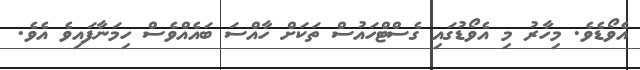
އެވޯޑެވެ. މިހާރު މި އެވޯޑުގައި ގެސްޓްހައުސް ތަކަށް ހާއްސަ ބައެއްވެސް ހިމަނާފައިވެ އެވެ.